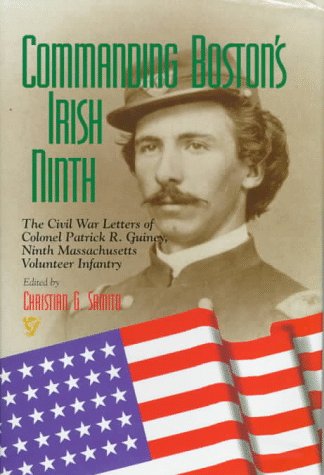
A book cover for Commanding Boston's Irish Ninth: The Civil War Letters of Colonel Patrick R. Guiney, Ninth Massachusetts Volunteer Infantry. (Irish Literary Bibliographies); Patrick R. Guiney; History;